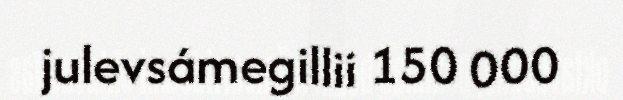
julevsámegillii 150 000